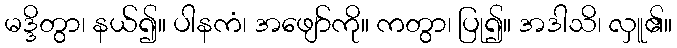
မဒ္ဒိတွာ၊ နယ်၍။ ပါနကံ၊ အဖျော်ကို။ ကတွာ၊ ပြု၍။ အဒါသိ၊ လှူ၏။